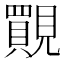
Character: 䚑